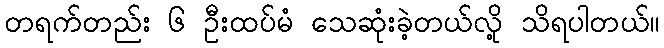
တရက်တည်း ၆ ဦးထပ်မံ သေဆုံးခဲ့တယ်လို့ သိရပါတယ်။